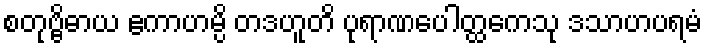
စတုဗ္ဗိဓာယ ဧကာဟမ္ပိ တဒဟူတိ ပုရာဏပေါတ္ထကေသု ဒသာဟပရမံ